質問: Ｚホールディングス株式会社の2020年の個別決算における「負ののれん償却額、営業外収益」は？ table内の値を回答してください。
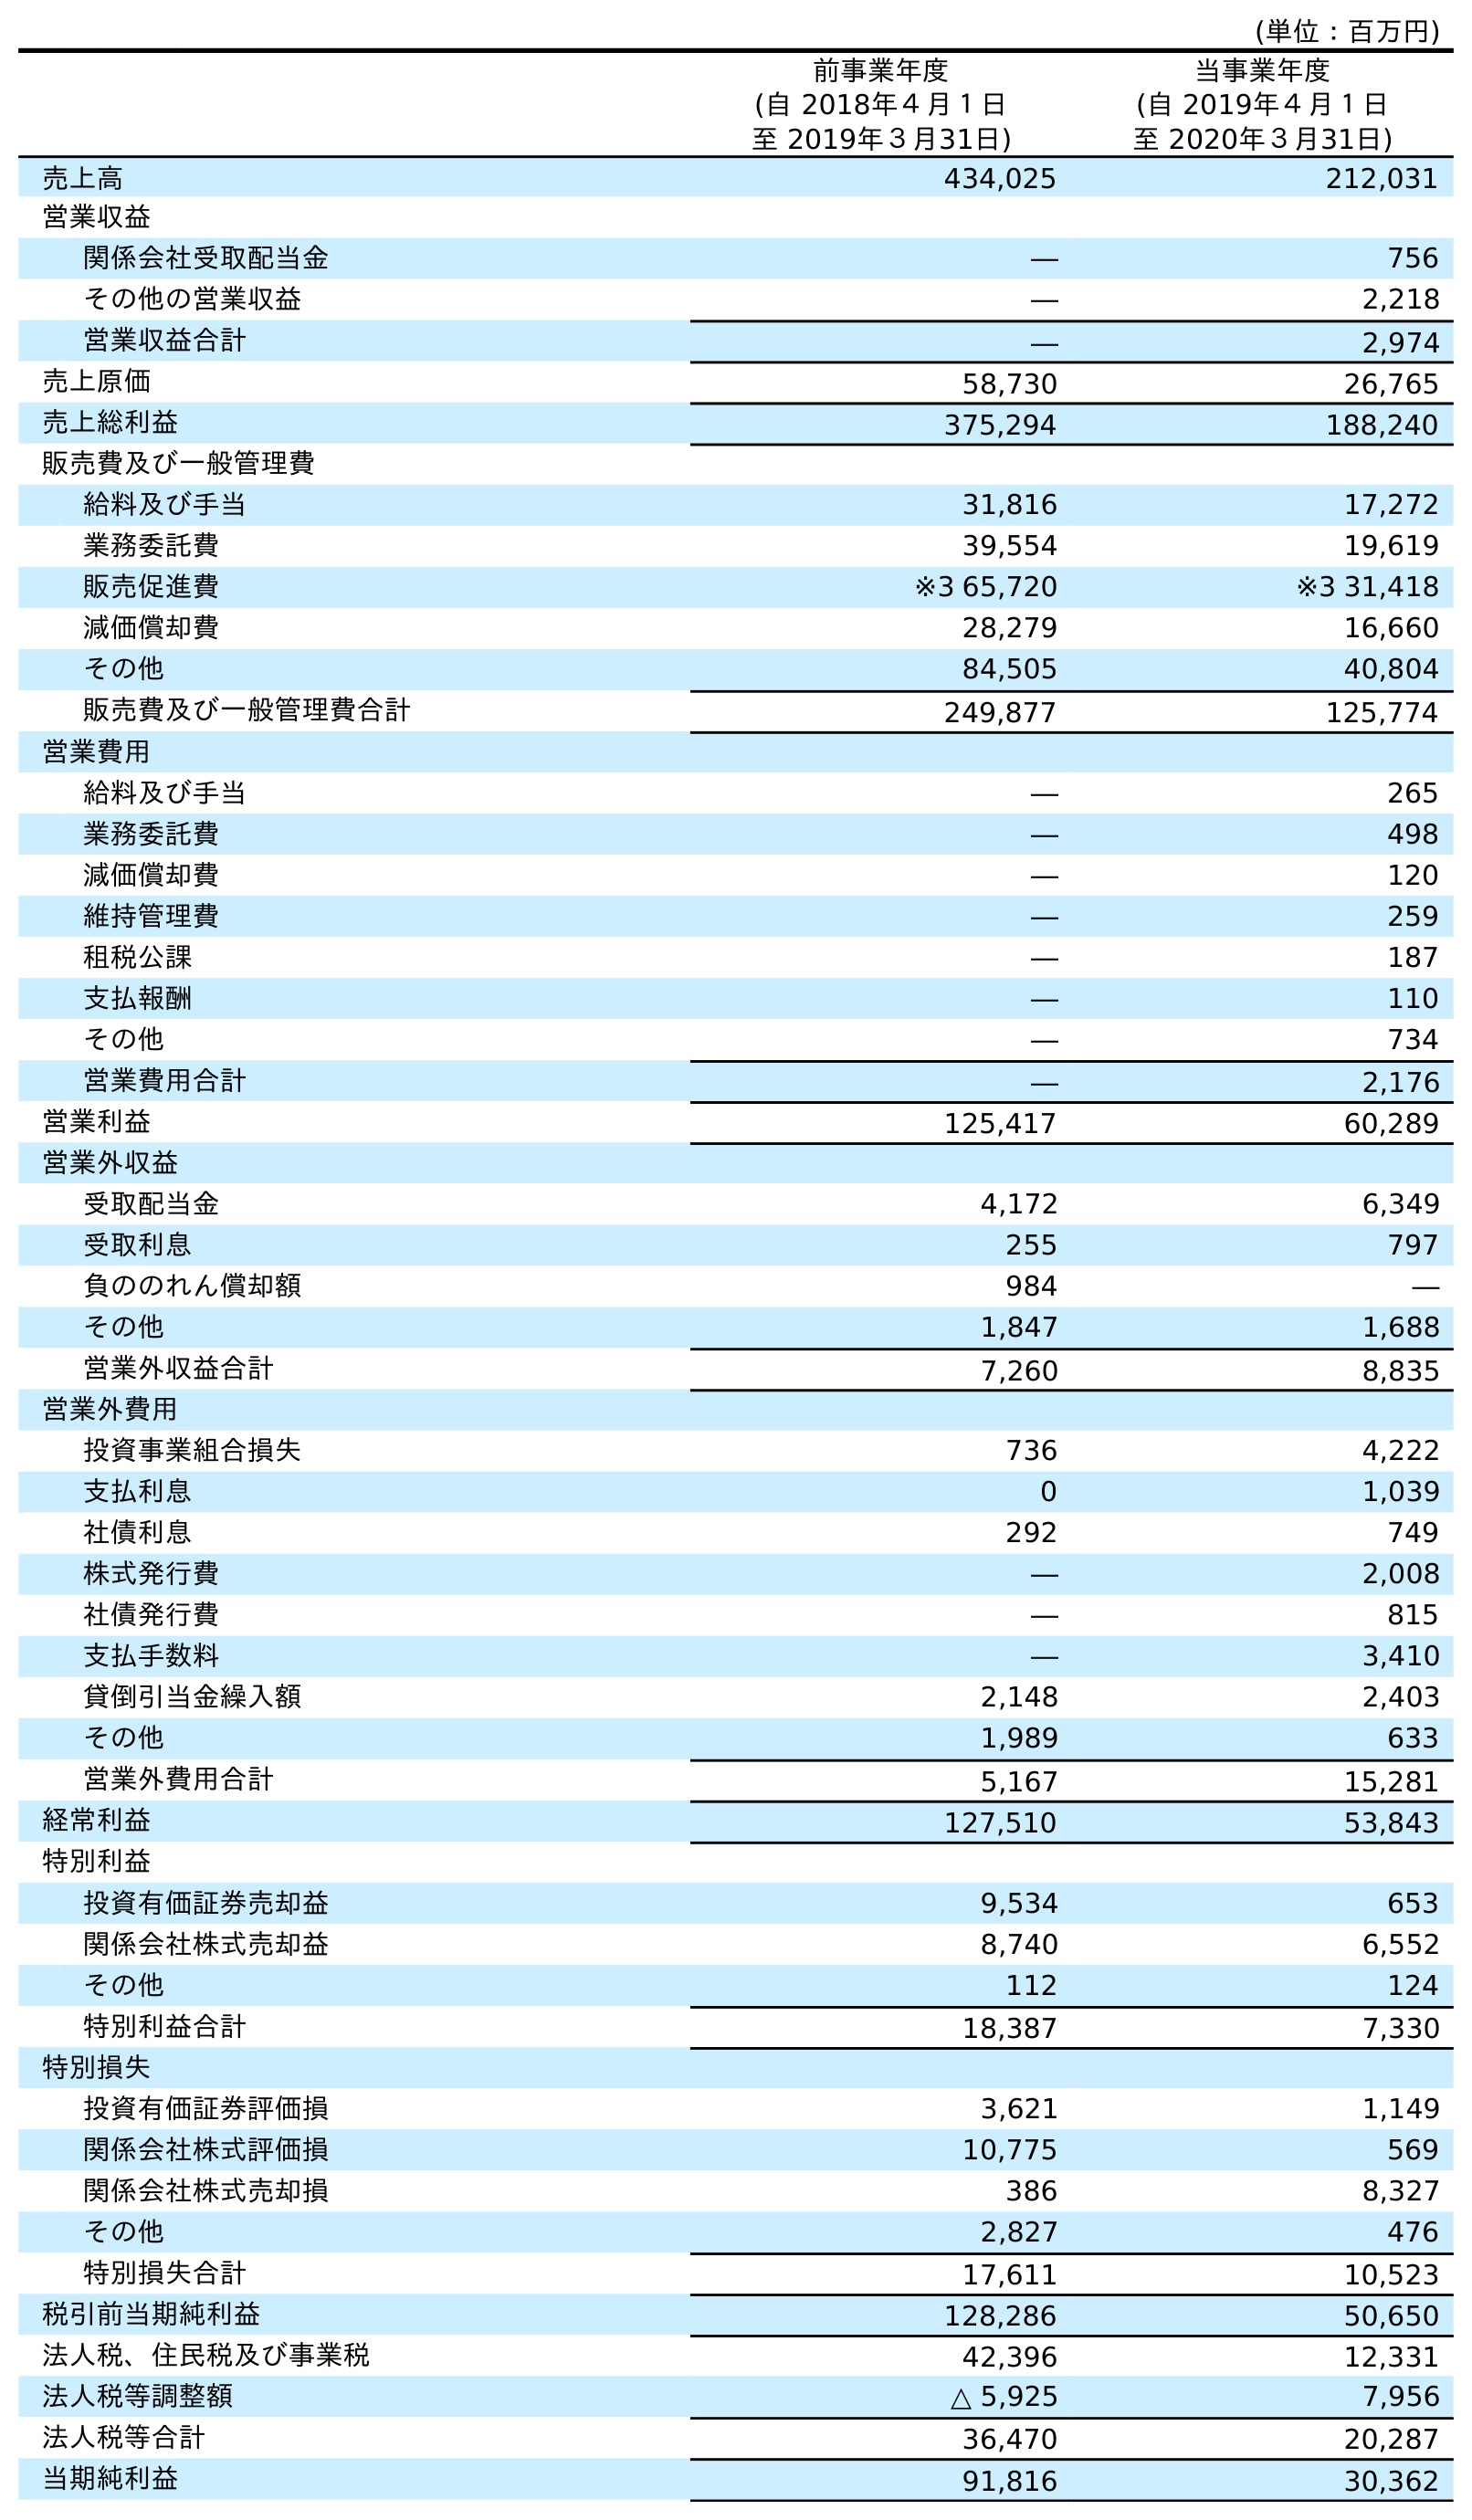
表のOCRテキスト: (単位：百万円) 前事業年度 (自 2018年４月１日 至 2019年３月31日) 当事業年度 (自 2019年４月１日 至 2020年３月31日) 売上高 434,025 212,031 営業収益 関係会社受取配当金 ― 756 その他の営業収益 ― 2,218 営業収益合計 ― 2,974 売上原価 58,730 26,765 売上総利益 375,294 188,240 販売費及び一般管理費 給料及び手当 31,816 17,272 業務委託費 39,554 19,619 販売促進費 ※3 65,720 ※3 31,418 減価償却費 28,279 16,660 その他 84,505 40,804 販売費及び一般管理費合計 249,877 125,774 営業費用 給料及び手当 ― 265 業務委託費 ― 498 減価償却費 ― 120 維持管理費 ― 259 租税公課 ― 187 支払報酬 ― 110 その他 ― 734 営業費用合計 ― 2,176 営業利益 125,417 60,289 営業外収益 受取配当金 4,172 6,349 受取利息 255 797 負ののれん償却額 984 ― その他 1,847 1,688 営業外収益合計 7,260 8,835 営業外費用 投資事業組合損失 736 4,222 支払利息 0 1,039 社債利息 292 749 株式発行費 ― 2,008 社債発行費 ― 815 支払手数料 ― 3,410 貸倒引当金繰入額 2,148 2,403 その他 1,989 633 営業外費用合計 5,167 15,281 経常利益 127,510 53,843 特別利益 投資有価証券売却益 9,534 653 関係会社株式売却益 8,740 6,552 その他 112 124 特別利益合計 18,387 7,330 特別損失 投資有価証券評価損 3,621 1,149 関係会社株式評価損 10,775 569 関係会社株式売却損 386 8,327 その他 2,827 476 特別損失合計 17,611 10,523 税引前当期純利益 128,286 50,650 法人税、住民税及び事業税 42,396 12,331 法人税等調整額 △ 5,925 7,956 法人税等合計 36,470 20,287 当期純利益 91,816 30,362
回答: ―